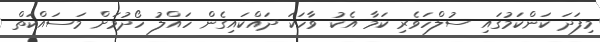
މިފަދަ ކަންކަމުގައި ސުލްހަވެރި ކަމާ އެކު ވާހަކަ ދައްކައިގެން ހައްލު ހޯދުމަށް މަސައްކަތް